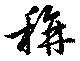
称